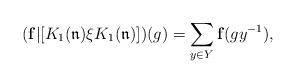
LaTeX: \begin{align*}(\mathbf{f}|[K_1(\mathfrak{n})\xi K_1(\mathfrak{n})])(g)=\sum_{y\in Y}\mathbf{f}(gy^{-1}),\end{align*}